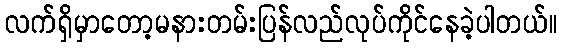
လက်ရှိမှာတော့မနားတမ်းပြန်လည်လုပ်ကိုင်နေခဲ့ပါတယ်။